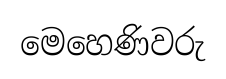
මෙහෙණිවරු